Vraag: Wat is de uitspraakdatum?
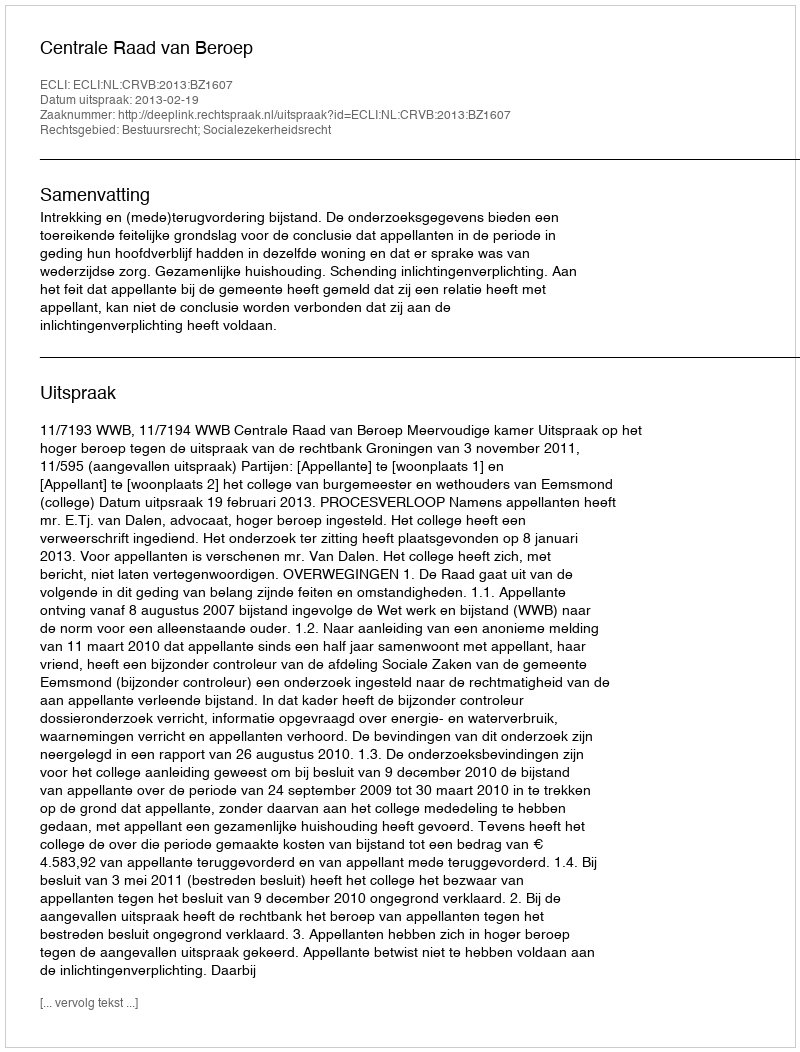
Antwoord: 2013-02-19